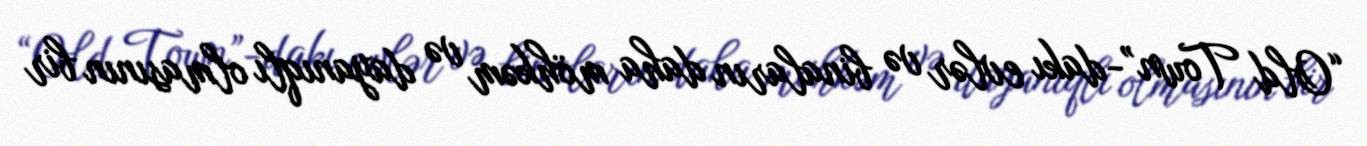
“Old Town”-dakı evlər və binaların daha möhkəm və dayanıqlı olmasının bir